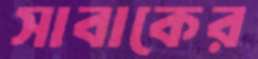
সাবাকের